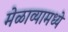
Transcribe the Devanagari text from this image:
मेळाव्यामध्ये